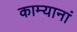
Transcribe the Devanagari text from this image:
काम्यानां